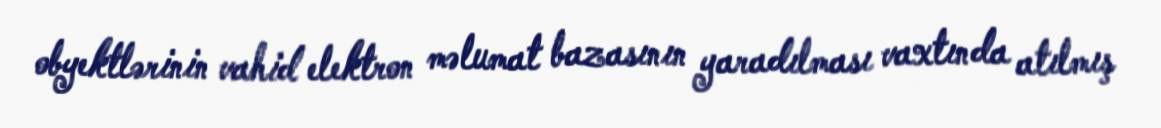
obyektlərinin vahid elektron məlumat bazasının yaradılması vaxtında atılmış